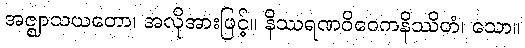
အဇ္ဈာသယတော၊ အလိုအားဖြင့်။ နိဿရဏဝိဝေကနိဿိတံ၊ သော။